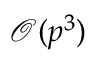
\mathcal { O } ( p ^ { 3 } )